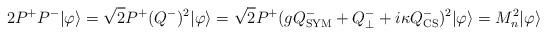
LaTeX: \begin{align*}2P^+P^-|\varphi\rangle=\sqrt{2}P^+(Q^-)^2|\varphi\rangle=\sqrt{2}P^+(gQ^-_{\rm SYM}+Q_\perp^- +i\kappa Q^-_{\rm CS})^2|\varphi\rangle=M^2_n|\varphi\rangle\end{align*}